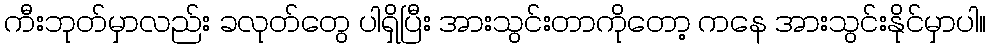
ကီးဘုတ်မှာလည်း ခလုတ်တွေ ပါရှိပြီး အားသွင်းတာကိုတော့ ကနေ အားသွင်းနိုင်မှာပါ။